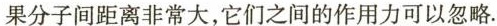
果分子间距离非常大，它们之间的作用力可以忽略.